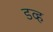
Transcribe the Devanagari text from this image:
डव्ह